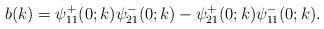
\begin{align*}b(k)=\psi^+_{11}(0 ;k) \psi^-_{21}(0;k)-\psi^+_{21}(0;k) \psi^-_{11}(0;k) .\end{align*}